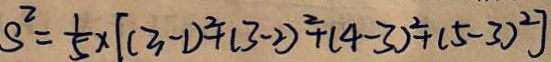
S ^ { 2 } = \frac { 1 } { 5 } \times [ ( 3 - 1 ) ^ { 2 } + ( 3 - 2 ) ^ { 2 } + ( 4 - 3 ) ^ { 2 } + ( 5 - 3 ) ^ { 2 } ]